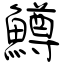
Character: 鱒